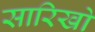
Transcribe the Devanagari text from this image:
सारिखो